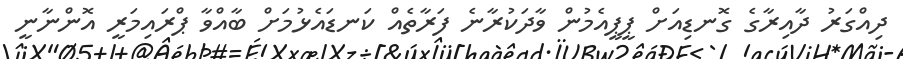
ދިއްގަރު ދާއިރާގެ ގޮނޑިއަށް ޕީޕީއެމުން ވާދަކުރާނެ ފަރާތެއް ކަނޑައެޅުމަށް ބާއްވާ ޕްރައިމަރީ އޮންނާނީ